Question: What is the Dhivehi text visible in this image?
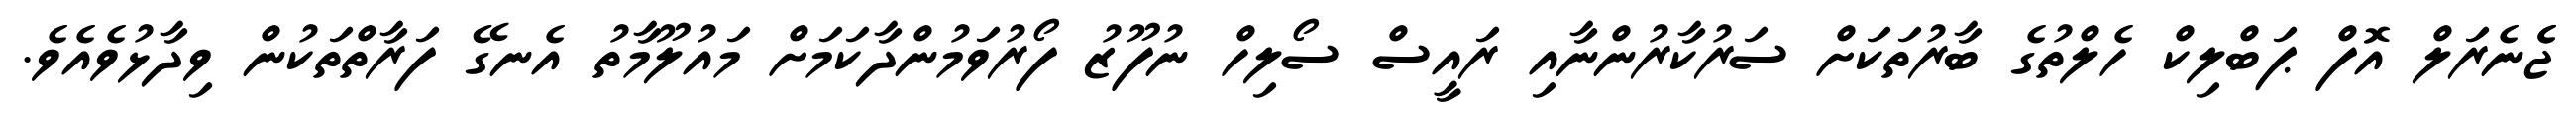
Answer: ޖެެނެރަލް އޮފް ޕަބްލިކް ހެލްތުގެ ބާރުތަކަށް ސަރުކާރުންނާއި ރައީސް ސޯލިހް ނުފޫޒު ފޯރުވަމުންދާކަމަށް މައުލޫމާތު އެނގޭ ފަރާތްތަކުން ވިދާޅުވެއެވެ.